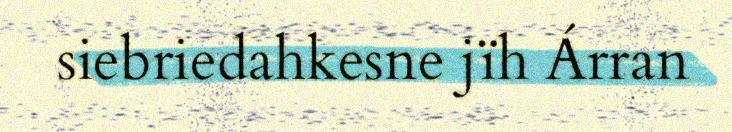
siebriedahkesne jïh Árran